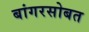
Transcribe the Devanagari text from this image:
बांगरसोबत